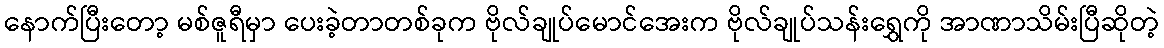
နောက်ပြီးတော့ မစ်ဇူရီမှာ ပေးခဲ့တာတစ်ခုက ဗိုလ်ချုပ်မောင်အေးက ဗိုလ်ချုပ်သန်းရွှေကို အာဏာသိမ်းပြီဆိုတဲ့